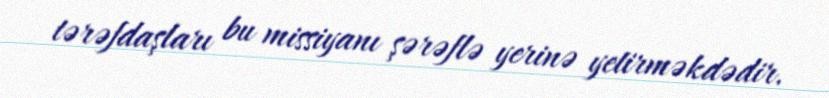
tərəfdaşları bu missiyanı şərəflə yerinə yetirməkdədir.